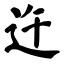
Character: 迕